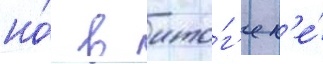
но́ в ито́г'е н'е́